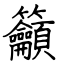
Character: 籲